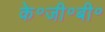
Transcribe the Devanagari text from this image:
के॰जी॰बी॰